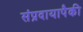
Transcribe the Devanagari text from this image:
संप्रदायापैकी